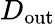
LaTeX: D_{\mathrm{out}}